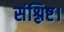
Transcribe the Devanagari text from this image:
संश्लिष्ट।